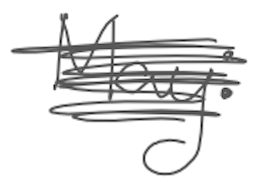
Text: May:
Cross-out: scratch
Writing tool: digital_gray